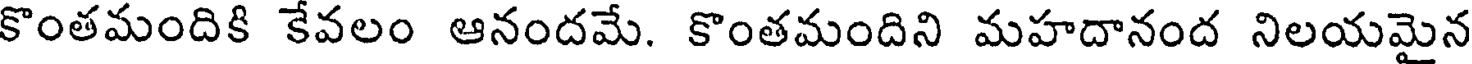
కొంతమందికి కేవలం ఆనందమే. కొంతమందిని మహదానంద నిలయమైన